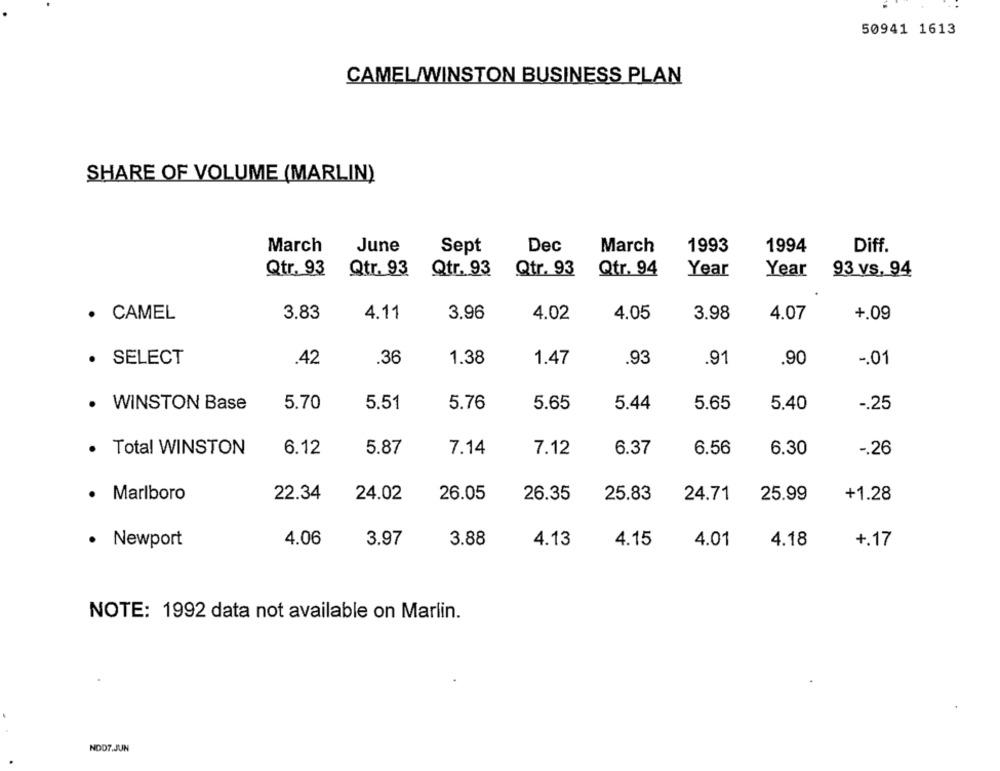
50941 1613
CAMEL/WINSTON BUSINESS PLAN
SHARE OF VOLUME (MARLIN)
March
1994
Diff.
June
Sept
Dec
March
1993
Qtr. 93
Qtr. 93
Qtr. 93
Qtr. 93
Qtr. 94
Year
Year
93 vs. 94
· CAMEL
3.83
4.11
3.96
4.02
4.05
3.98
4.07
+.09
· SELECT
.42
.36
1.38
1.47
.93
.91
.90
-. 01
· WINSTON Base
5.70
5.51
5.76
5.65
5.44
5.65
5.40
-. 25
· Total WINSTON
6.12
5.87
7.14
7.12
6.37
6.56
6.30
-. 26
.
Marlboro
22.34
24.02
26.05
26.35
25.83
24.71
25.99
+1.28
3.97
· Newport
4.06
3.88
4.13
4.15
4.01
4.18
+.17
NOTE: 1992 data not available on Marlin.
NOD7.JUN